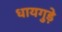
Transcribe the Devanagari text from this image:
धायगुड़े